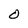
Character: o